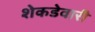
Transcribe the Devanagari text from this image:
शेकडेवारी